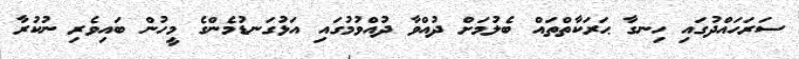
ސަރަހައްދުގައި ހިނގާ ޙަރަކާތްތައް ބެލުމަށް ދުއްވާ ދުއްވުމުގައި އަޅުގަނޑުމެންގެ މީހުން ބައިވެރި ނުކުރާ